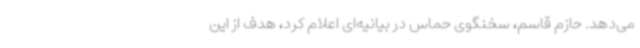
می‌دهد. حازم قاسم، سخنگوی حماس در بیانیه‌ای اعلام کرد، هدف از این